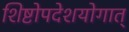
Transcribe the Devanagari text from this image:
शिष्टोपदेशयोगात्